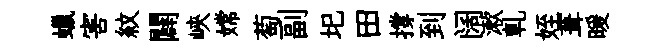
蠟害紋闢峽嫦萄副圯田撐到阔漱軋姪葺暖